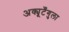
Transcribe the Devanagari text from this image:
अक्यूटँगुला